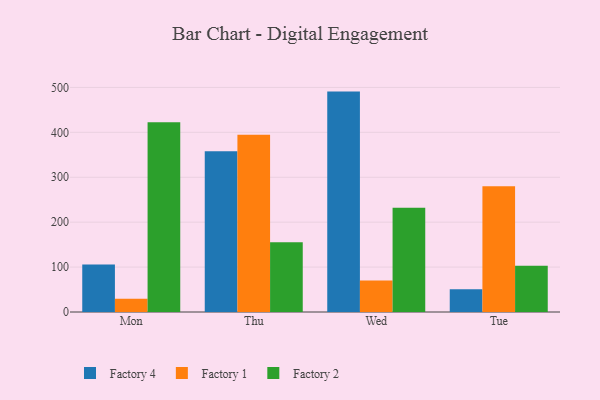
{"axis": {"x": "Day", "y": "Active Users"}, "legend": ["Factory 1", "Factory 2", "Factory 4"], "data": [{"x": "Mon", "y": 105.9, "type": "Factory 4"}, {"x": "Mon", "y": 29.7, "type": "Factory 1"}, {"x": "Mon", "y": 422.3, "type": "Factory 2"}, {"x": "Thu", "y": 357.9, "type": "Factory 4"}, {"x": "Thu", "y": 394.6, "type": "Factory 1"}, {"x": "Thu", "y": 155.3, "type": "Factory 2"}, {"x": "Wed", "y": 490.7, "type": "Factory 4"}, {"x": "Wed", "y": 70.0, "type": "Factory 1"}, {"x": "Wed", "y": 232.3, "type": "Factory 2"}, {"x": "Tue", "y": 50.5, "type": "Factory 4"}, {"x": "Tue", "y": 279.9, "type": "Factory 1"}, {"x": "Tue", "y": 103.2, "type": "Factory 2"}]}